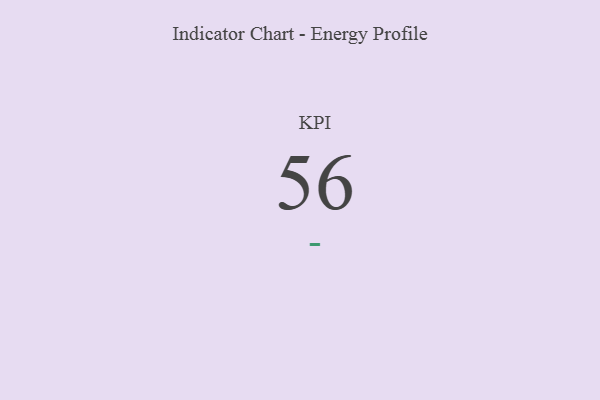
{"axis": {"x": "KPI", "y": "Value"}, "legend": [""], "data": [{"x": "KPI", "y": 56, "type": ""}]}